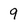
Character: 9